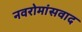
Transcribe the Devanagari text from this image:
नवरोमांसवाद